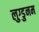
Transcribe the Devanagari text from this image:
लुग्डुनम